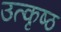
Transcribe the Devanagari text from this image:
उत्‍कृष्‍ठ